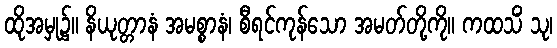
ထိုအမှု၌။ နိယုတ္တာနံ အမစ္စာနံ၊ စီရင်ကုန်သော အမတ်တို့ကို။ ကထသိံ သု၊